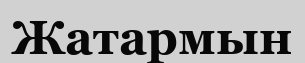
Жатармын